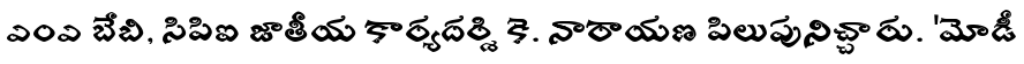
ఎంఎ బేబి, సిపిఐ జాతీయ కార్యదర్శి కె. నారాయణ పిలుపునిచ్చారు. 'మోడీ